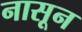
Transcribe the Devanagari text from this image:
नासून